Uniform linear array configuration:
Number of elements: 16
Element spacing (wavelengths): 1
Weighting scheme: hamming
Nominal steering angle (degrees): -15
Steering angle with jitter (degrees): -13.879
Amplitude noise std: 0.05
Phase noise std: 0.05

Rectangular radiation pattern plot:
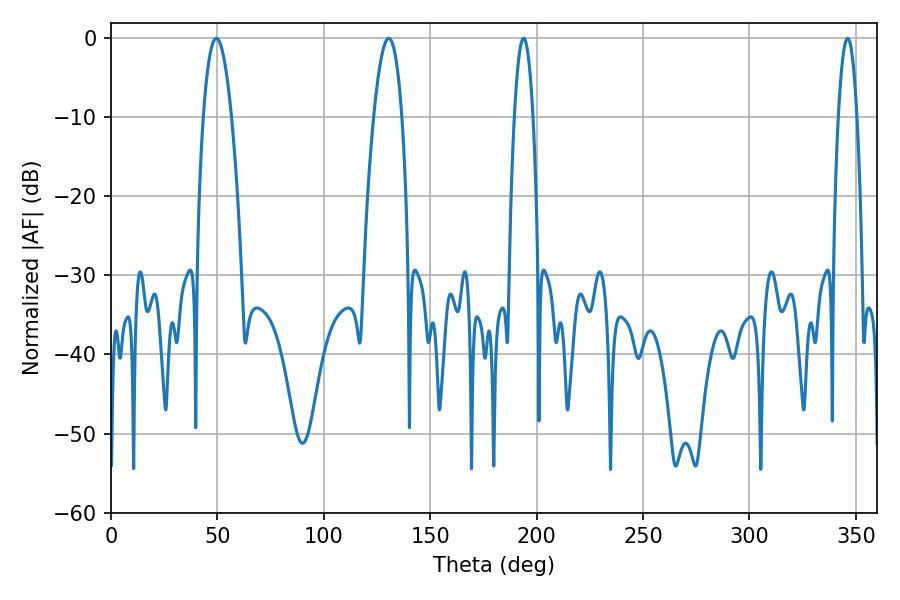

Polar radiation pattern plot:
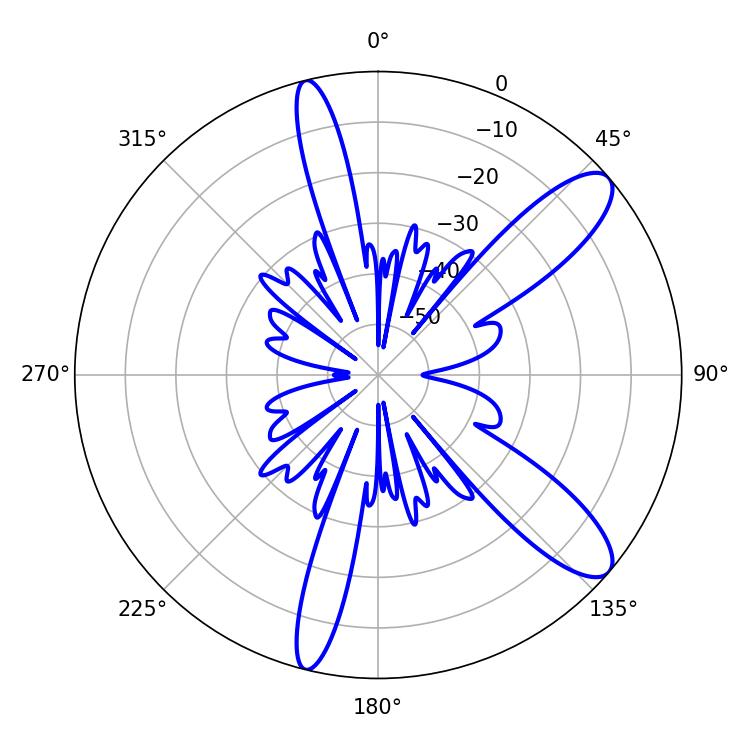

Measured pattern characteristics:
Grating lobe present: TRUE
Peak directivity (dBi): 10.828
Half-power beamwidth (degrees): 7.2
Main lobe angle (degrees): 49.5